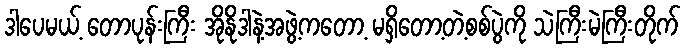
ဒါပေမယ့် တောပုန်းကြီး အိုနိုဒါနဲ့အဖွဲ့ကတော့ မရှိတော့တဲ့စစ်ပွဲကို သဲကြီးမဲကြီးတိုက်